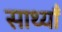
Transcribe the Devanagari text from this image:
साथ्याँ